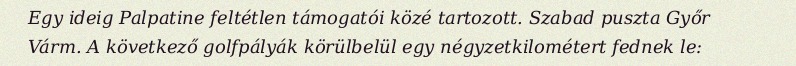
Egy ideig Palpatine feltétlen támogatói közé tartozott. Szabad puszta Győr Várm. A következő golfpályák körülbelül egy négyzetkilométert fednek le: